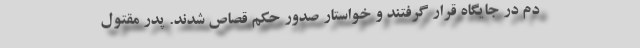
دم در جایگاه قرار گرفتند و خواستار صدور حکم قصاص شدند. پدر مقتول